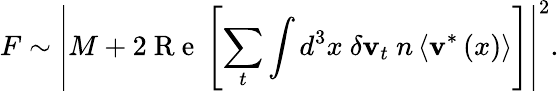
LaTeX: F\sim\left|M+2\mathrm{~R~e~}\left[\sum_{t}\int d^{3}x\ \delta\textbf{v}_{t}\ n\left<\textbf{v}^{*}\left(x\right)\right>\right]\right|^{2}.